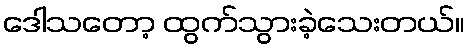
ဒေါသတော့ ထွက်သွားခဲ့သေးတယ်။